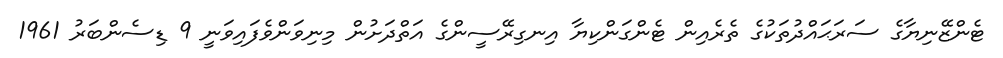
ޓެންޒޭނިޔާގެ ސަރަޙައްދުތަކުގެ ތެރެއިން ޓެންގަންކިޔާ އިނގިރޭސީންގެ އަތްދަށުން މިނިވަންވެފައިވަނީ 9 ޑިސެންބަރު 1961